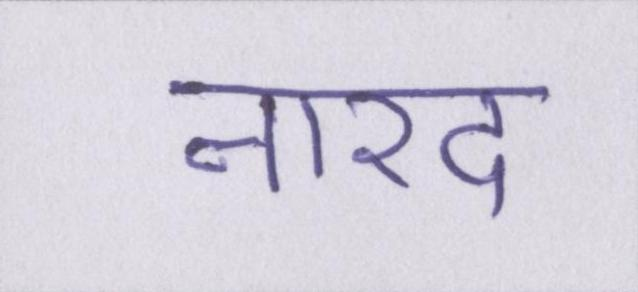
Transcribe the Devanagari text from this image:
नारद